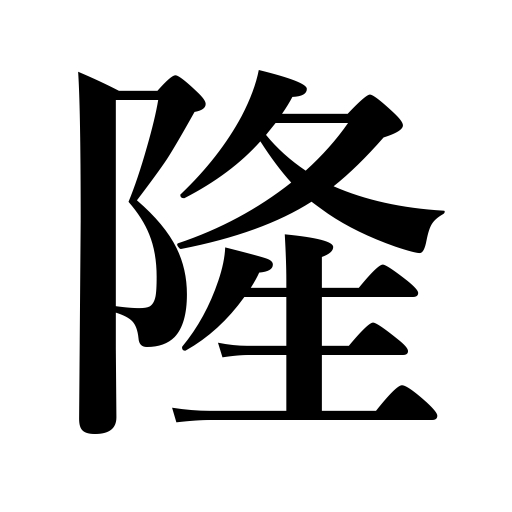
Meanings: prosperity,high,noble